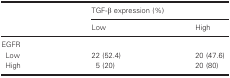
| <ROWSPAN=2>  | <COLSPAN=2> TGF‐β expression (%) |
 | Low | High |
 | --- | --- | --- |
 | <COLSPAN=3> EGFR |
 | Low | 22 (52.4) | 20 (47.6) |
 | High | 5 (20) | 20 (80) |